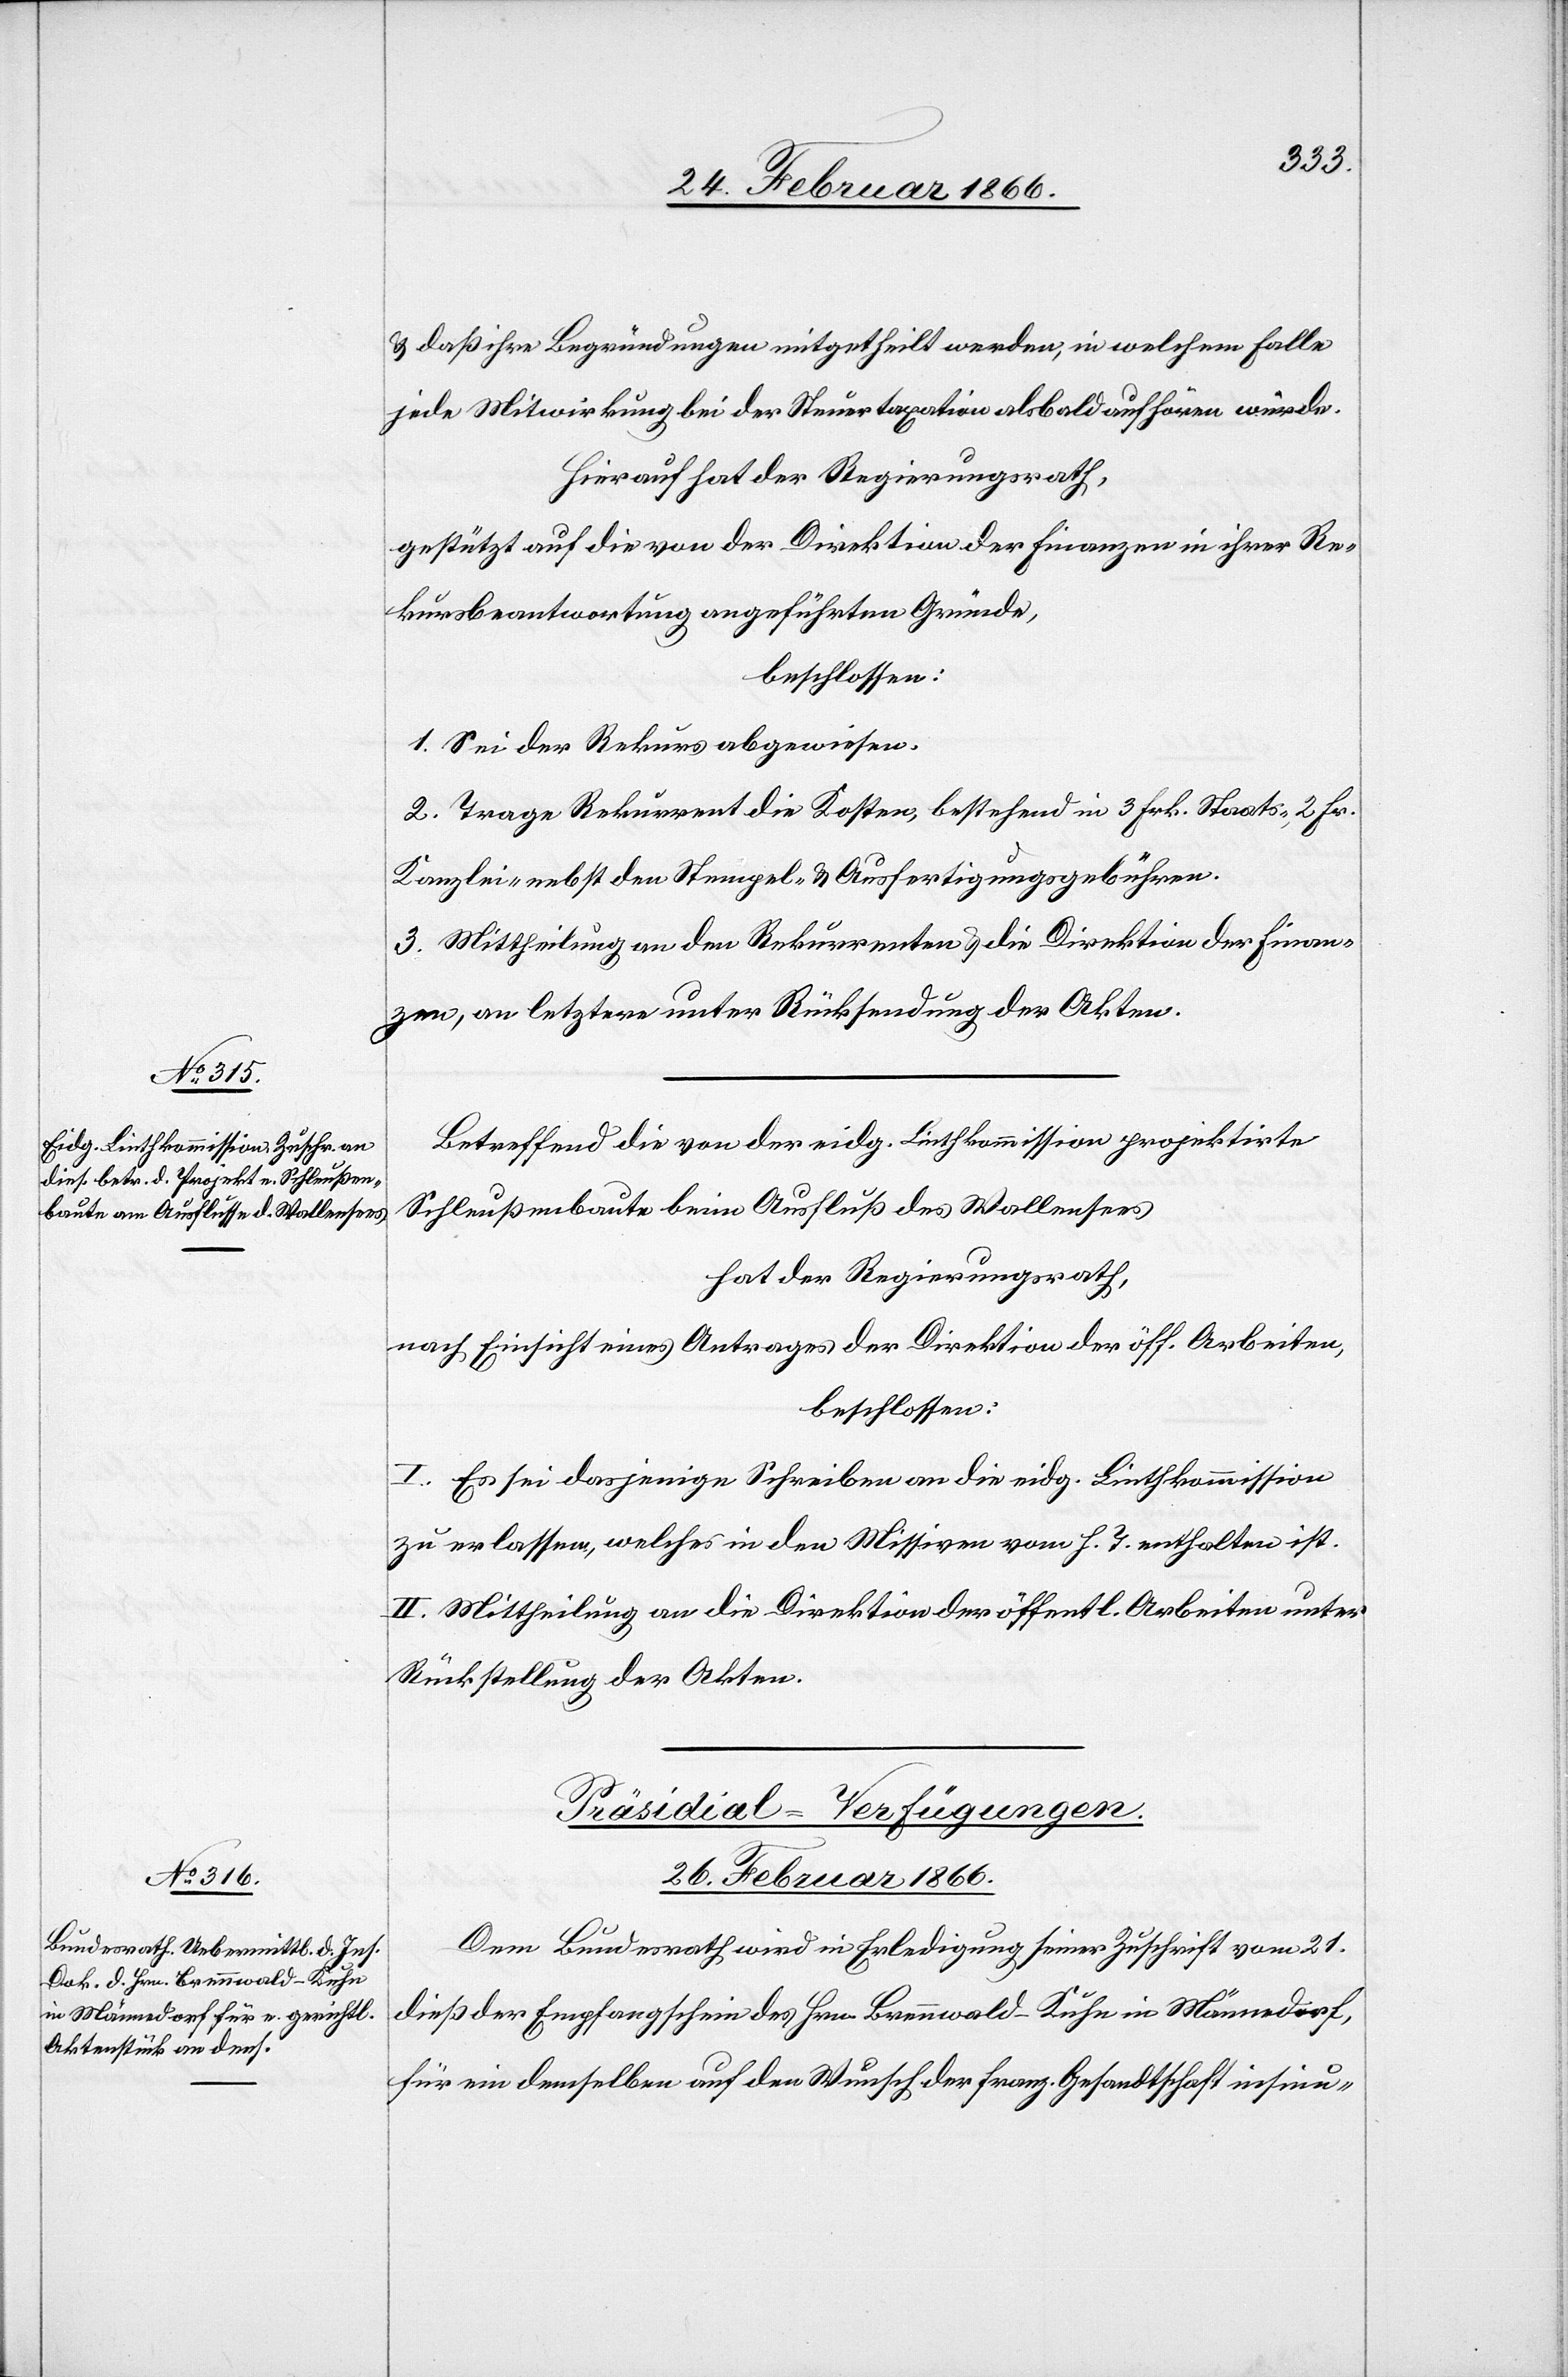
u. daß ihre Begründungen mitgetheilt werden, in welchem Falle
jede Mitwirkung bei der Steuertaxation bald aufhören würde.
Hierauf hat der Regierungsrath,
gestützt auf die von der Direktion der Finanzen in ihrer Re¬
kursbeantwortung angeführten Gründe,
beschlossen:
1. Sei der Rekurs abgewiesen.
2. Trage Rekurrent die Kosten, bestehend in 3. Frk. Staats-, 2 Frk.
Kanzlei- nebst den Stempel- und Ausfertigungsgebühren.
3. Mittheilung an den Rekurrenten u. die Direktion der Finan¬
zen, an letztere unter Rückstellung der Akten.
Betreffend die von der eidg. Linthkommission projektirte
Schleußenbaute beim Ausfluß des Wallensees
hat der Regierungsrath,
nach Einsicht eines Antrages der Direktion der öff. Arbeiten,
beschlossen:
I. Es sei dasjenige Schreiben an die eidg. Linthkommission
zu erlassen, welches in den Missiven vom h. T. enthalten ist.
II. Mittheilung an die Direktion der öffentl. Arbeiten unter
Rückstellung der Akten.
Präsidial-Verfügungen.
26. Februar 1866.
Dem Bundesrath wird in Erledigung seiner Zuschrift vom 21.
dieß der Empfangsschein des Hrn. Brennwald-Kuhn in Männedorf
für ein demselben auf den Wunsch der franz. Gesandtschaft insinu-